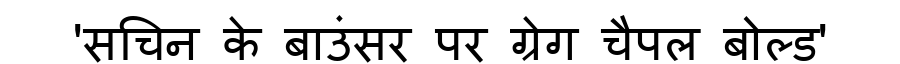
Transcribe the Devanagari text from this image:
'सचिन के बाउंसर पर ग्रेग चैपल बोल्ड'